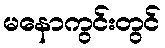
မနောကွင်းတွင်